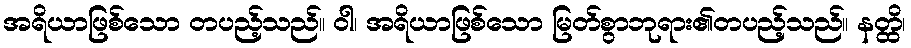
အရိယာဖြစ်သော တပည့်သည်။ ဝါ၊ အရိယာဖြစ်သော မြတ်စွာဘုရား၏တပည့်သည်။ နတ္ထိ၊